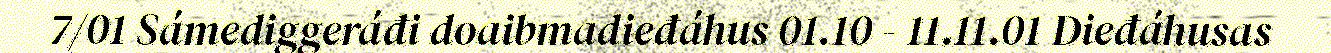
7/01 Sámediggeráđi doaibmadieđáhus 01.10 - 11.11.01 Dieđáhusas